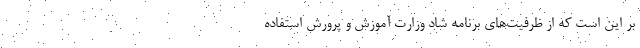
بر این است که از ظرفیت‌های برنامه شاد وزارت آموزش و پرورش استفاده